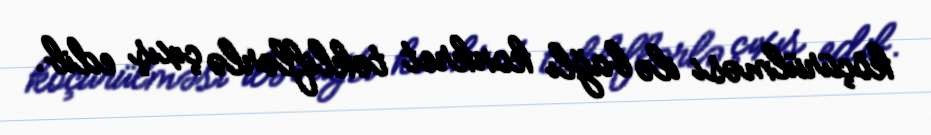
köçürülməsi ilə bağlı konkret təkliflərlə çıxış edib.